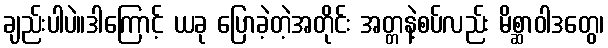
ချည်းပါပဲ။ဒါကြောင့် ယခု ပြောခဲ့တဲ့အတိုင်း အတ္တနဲ့စပ်လည်း မိစ္ဆာဝါဒတွေ၊